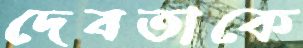
দেবতাকে